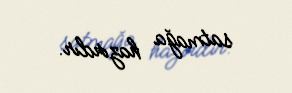
satmağa hazırdır.